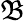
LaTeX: \mathfrak{B}